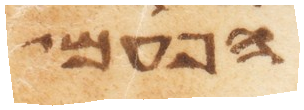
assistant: הפעם